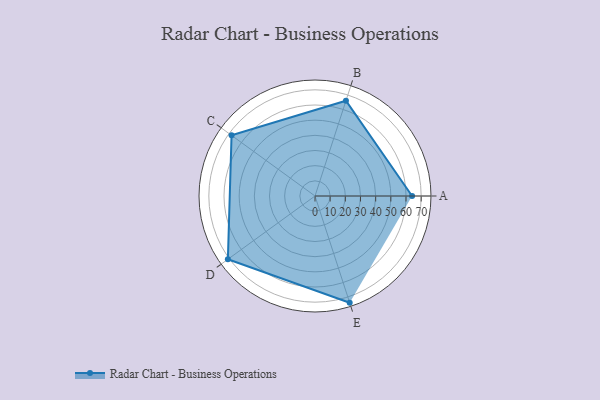
{"axis": {"x": "Skill", "y": "Score"}, "legend": ["Profile"], "data": [{"x": "A", "y": 64.0, "type": "Profile"}, {"x": "B", "y": 66.0, "type": "Profile"}, {"x": "C", "y": 68.0, "type": "Profile"}, {"x": "D", "y": 71.0, "type": "Profile"}, {"x": "E", "y": 74.0, "type": "Profile"}]}